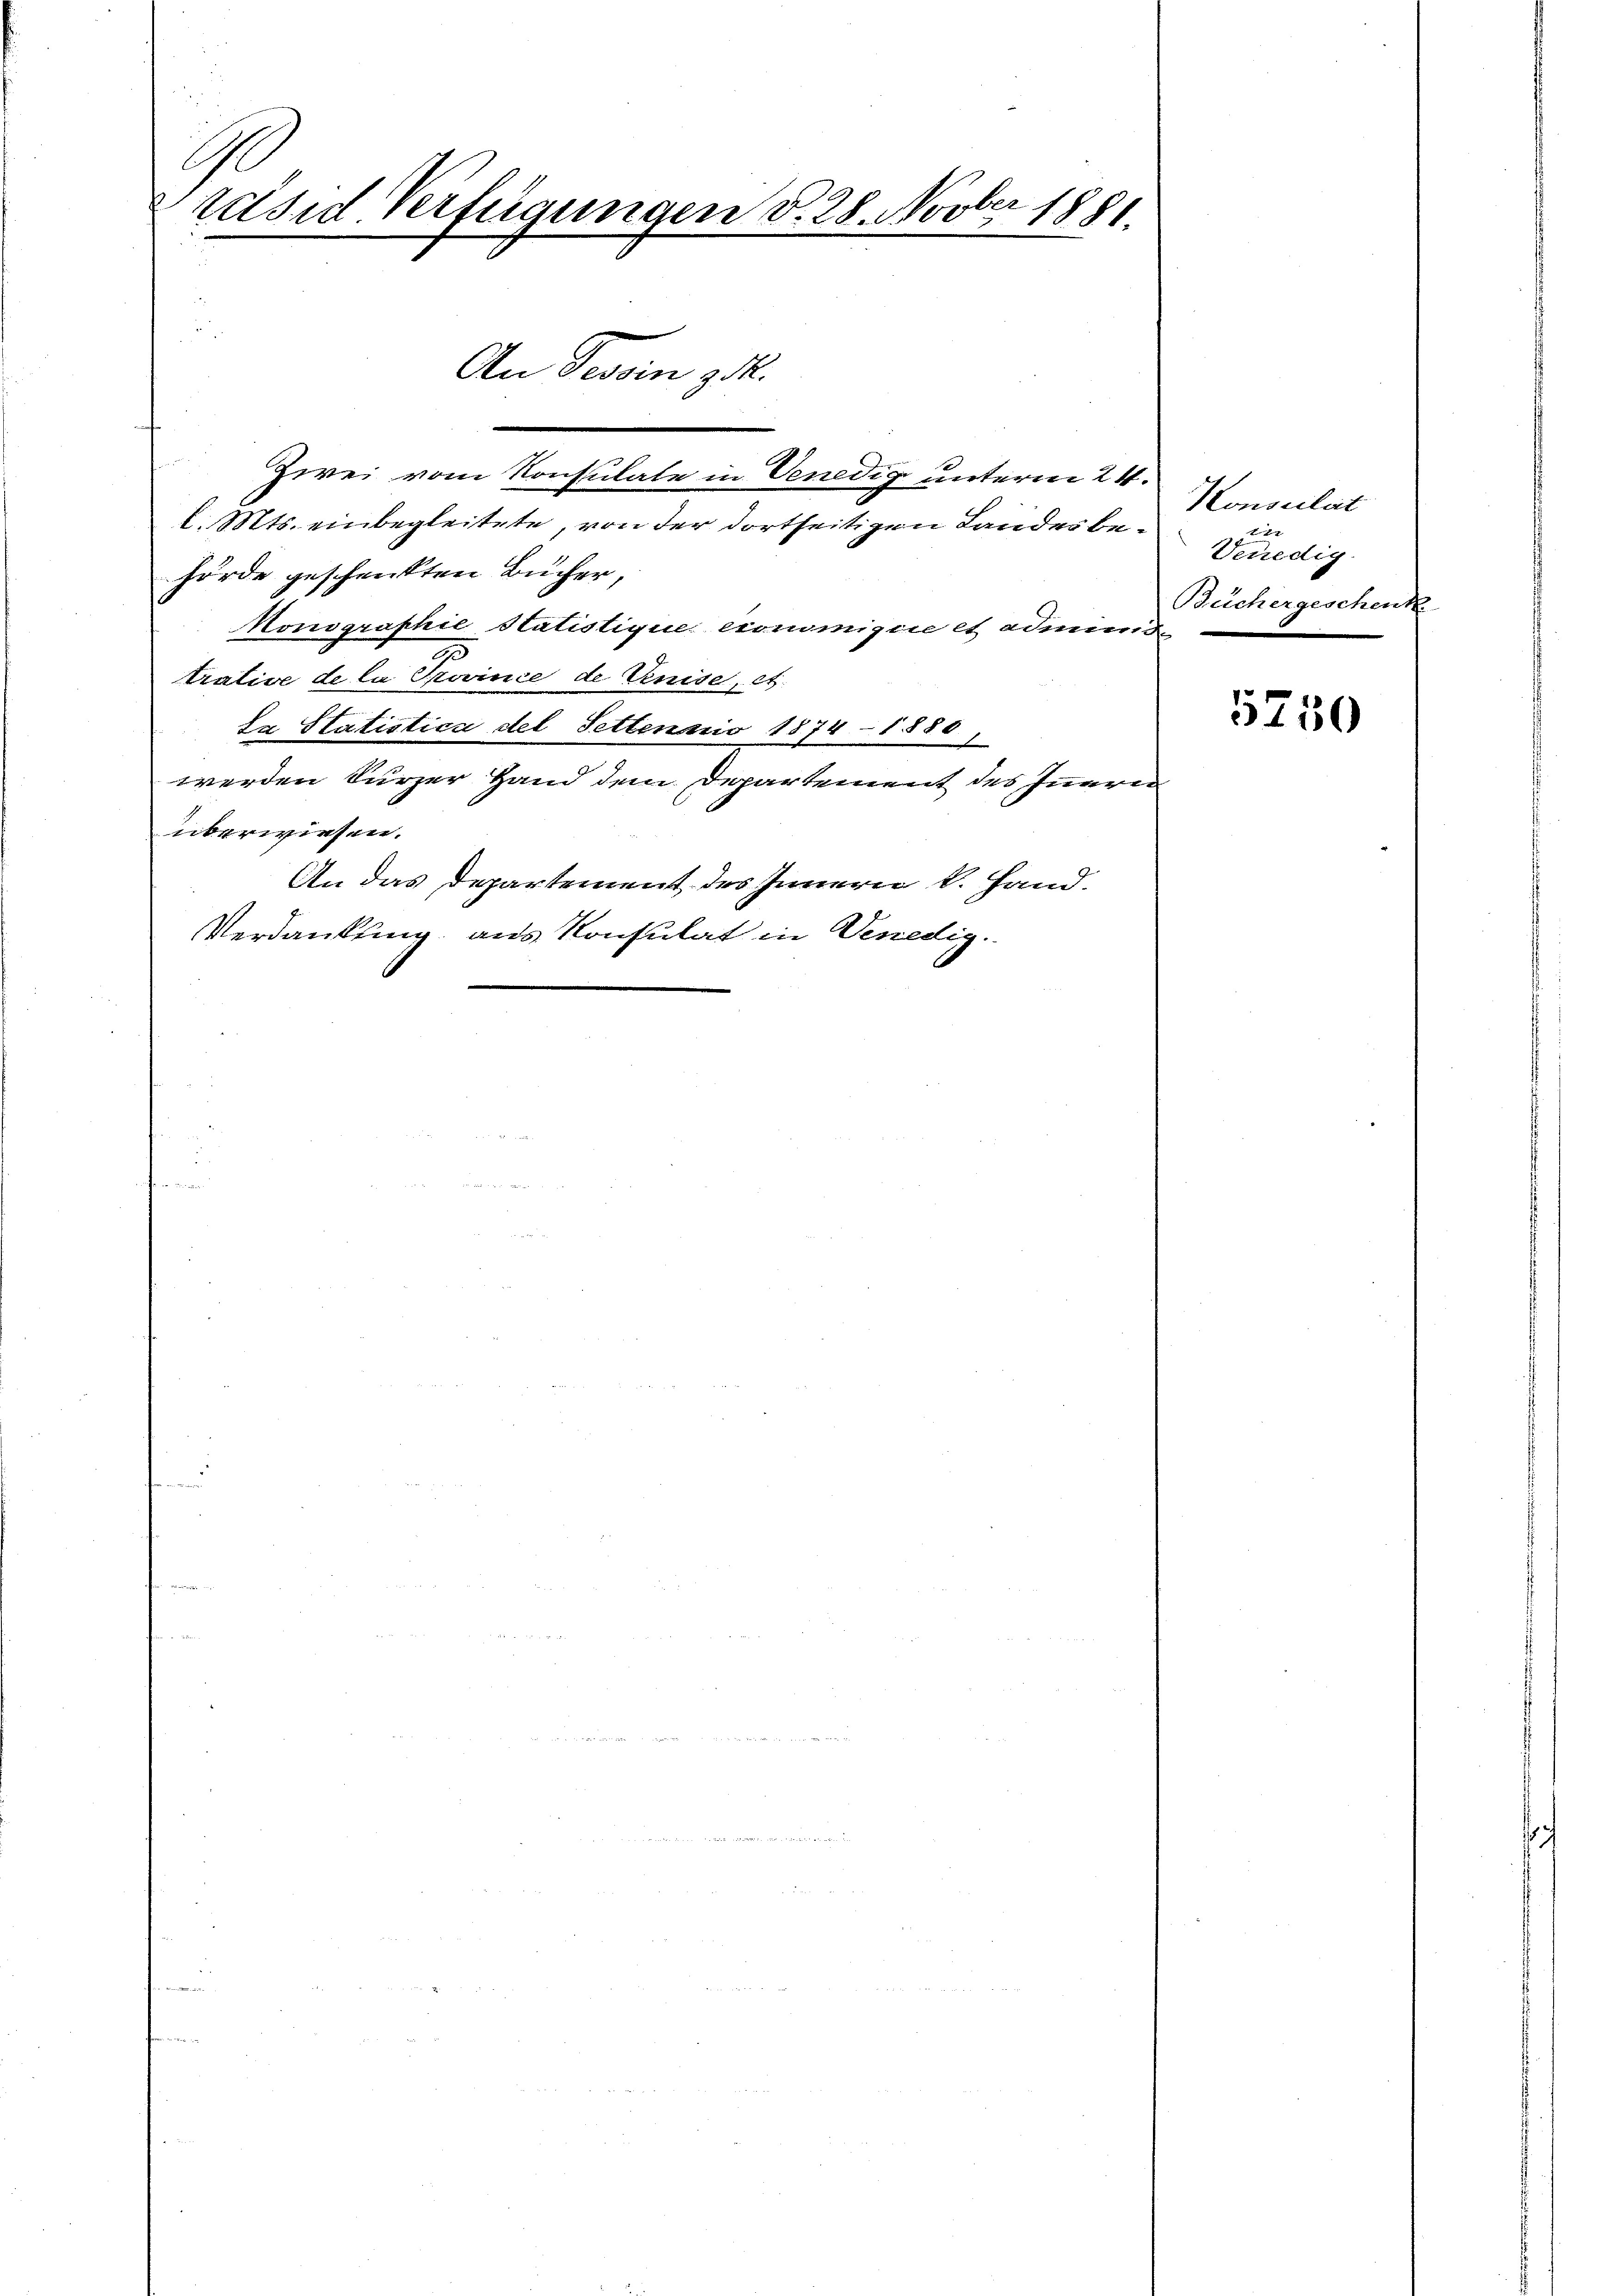
G
Präsid Verfügungen d. 28. Novber 1881

—
Zwei vom Konsulate in Venedig unterm 24.
l. Mts. einbegleitete, von der dortseitigen Landes behörde geschenkten Bücher,
Honographie Statistique eronomigen et admini
trative de la Province de Kreise, et
La Statistica del Settenno 1874 - 1880
e
werden kurzer Hand dem Departement des Inneren
überwiesen.
An das Departement des Innern k. Hand.
Verdankung aus Konsulat in Venedig.

An Tessin zu.

Konsulat
22
Venedig
Beichergeschenk.

5750